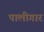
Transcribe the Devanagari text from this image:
पालीगार